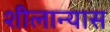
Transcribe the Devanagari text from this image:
शीलान्यास